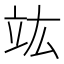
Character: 竑